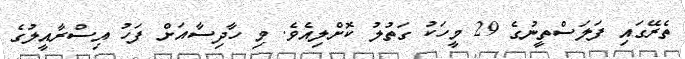
ތެރޭގައި ފަލަސްތީނުގެ 29 މީހަކު ގަތުލު ކޮށްލިއެވެ. މި ހާދިސާއަށް ފަހު އިސްރާއީލުގެ